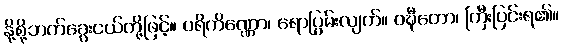
နို့စို့ဘက်ခွေးငယ်တို့ဖြင့်။ ပရိကိဏ္ဏော၊ ရောပြွမ်းလျက်။ ဝဍ္ဎီတော၊ ကြီးပြင်းရ၏။